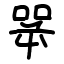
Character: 㖾